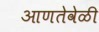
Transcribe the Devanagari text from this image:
आणतेवेळी